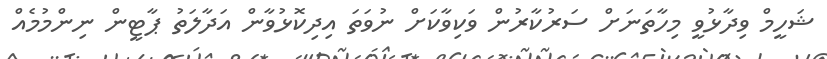
ޝަހީމް ވިދާޅުވީ މިހާތަނަށް ސަރުކާރުން ވަކިވާކަށް ނުވަތަ އިދިކޮޅުވާން އަދާލަތު ޕާޓީން ނިންމުމެއް